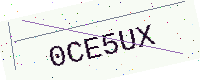
Text: 0CE5UX